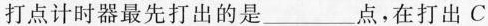
打点计时器最先打出的是___点，在打出C